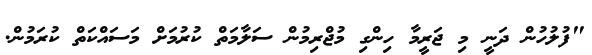
"ފުލުހުން ދަނީ މި ޖަރީމާ ހިންގި މުޖްރިމުން ސަލާމަތް ކުރުމަށް މަސައްކަތް ކުރަމުން.